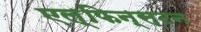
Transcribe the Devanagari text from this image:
एल्फिन्‍स्टन